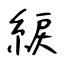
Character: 綟